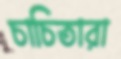
চাচিতারা